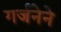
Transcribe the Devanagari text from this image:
गर्जनेने